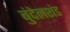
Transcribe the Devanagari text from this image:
बुंदेलशंड